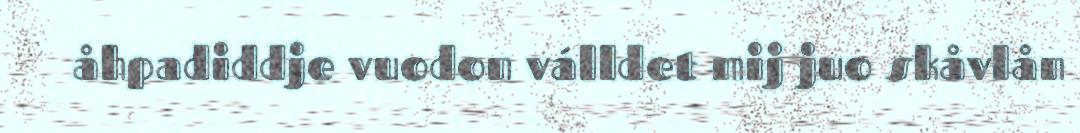
åhpadiddje vuodon válldet mij juo skåvlån